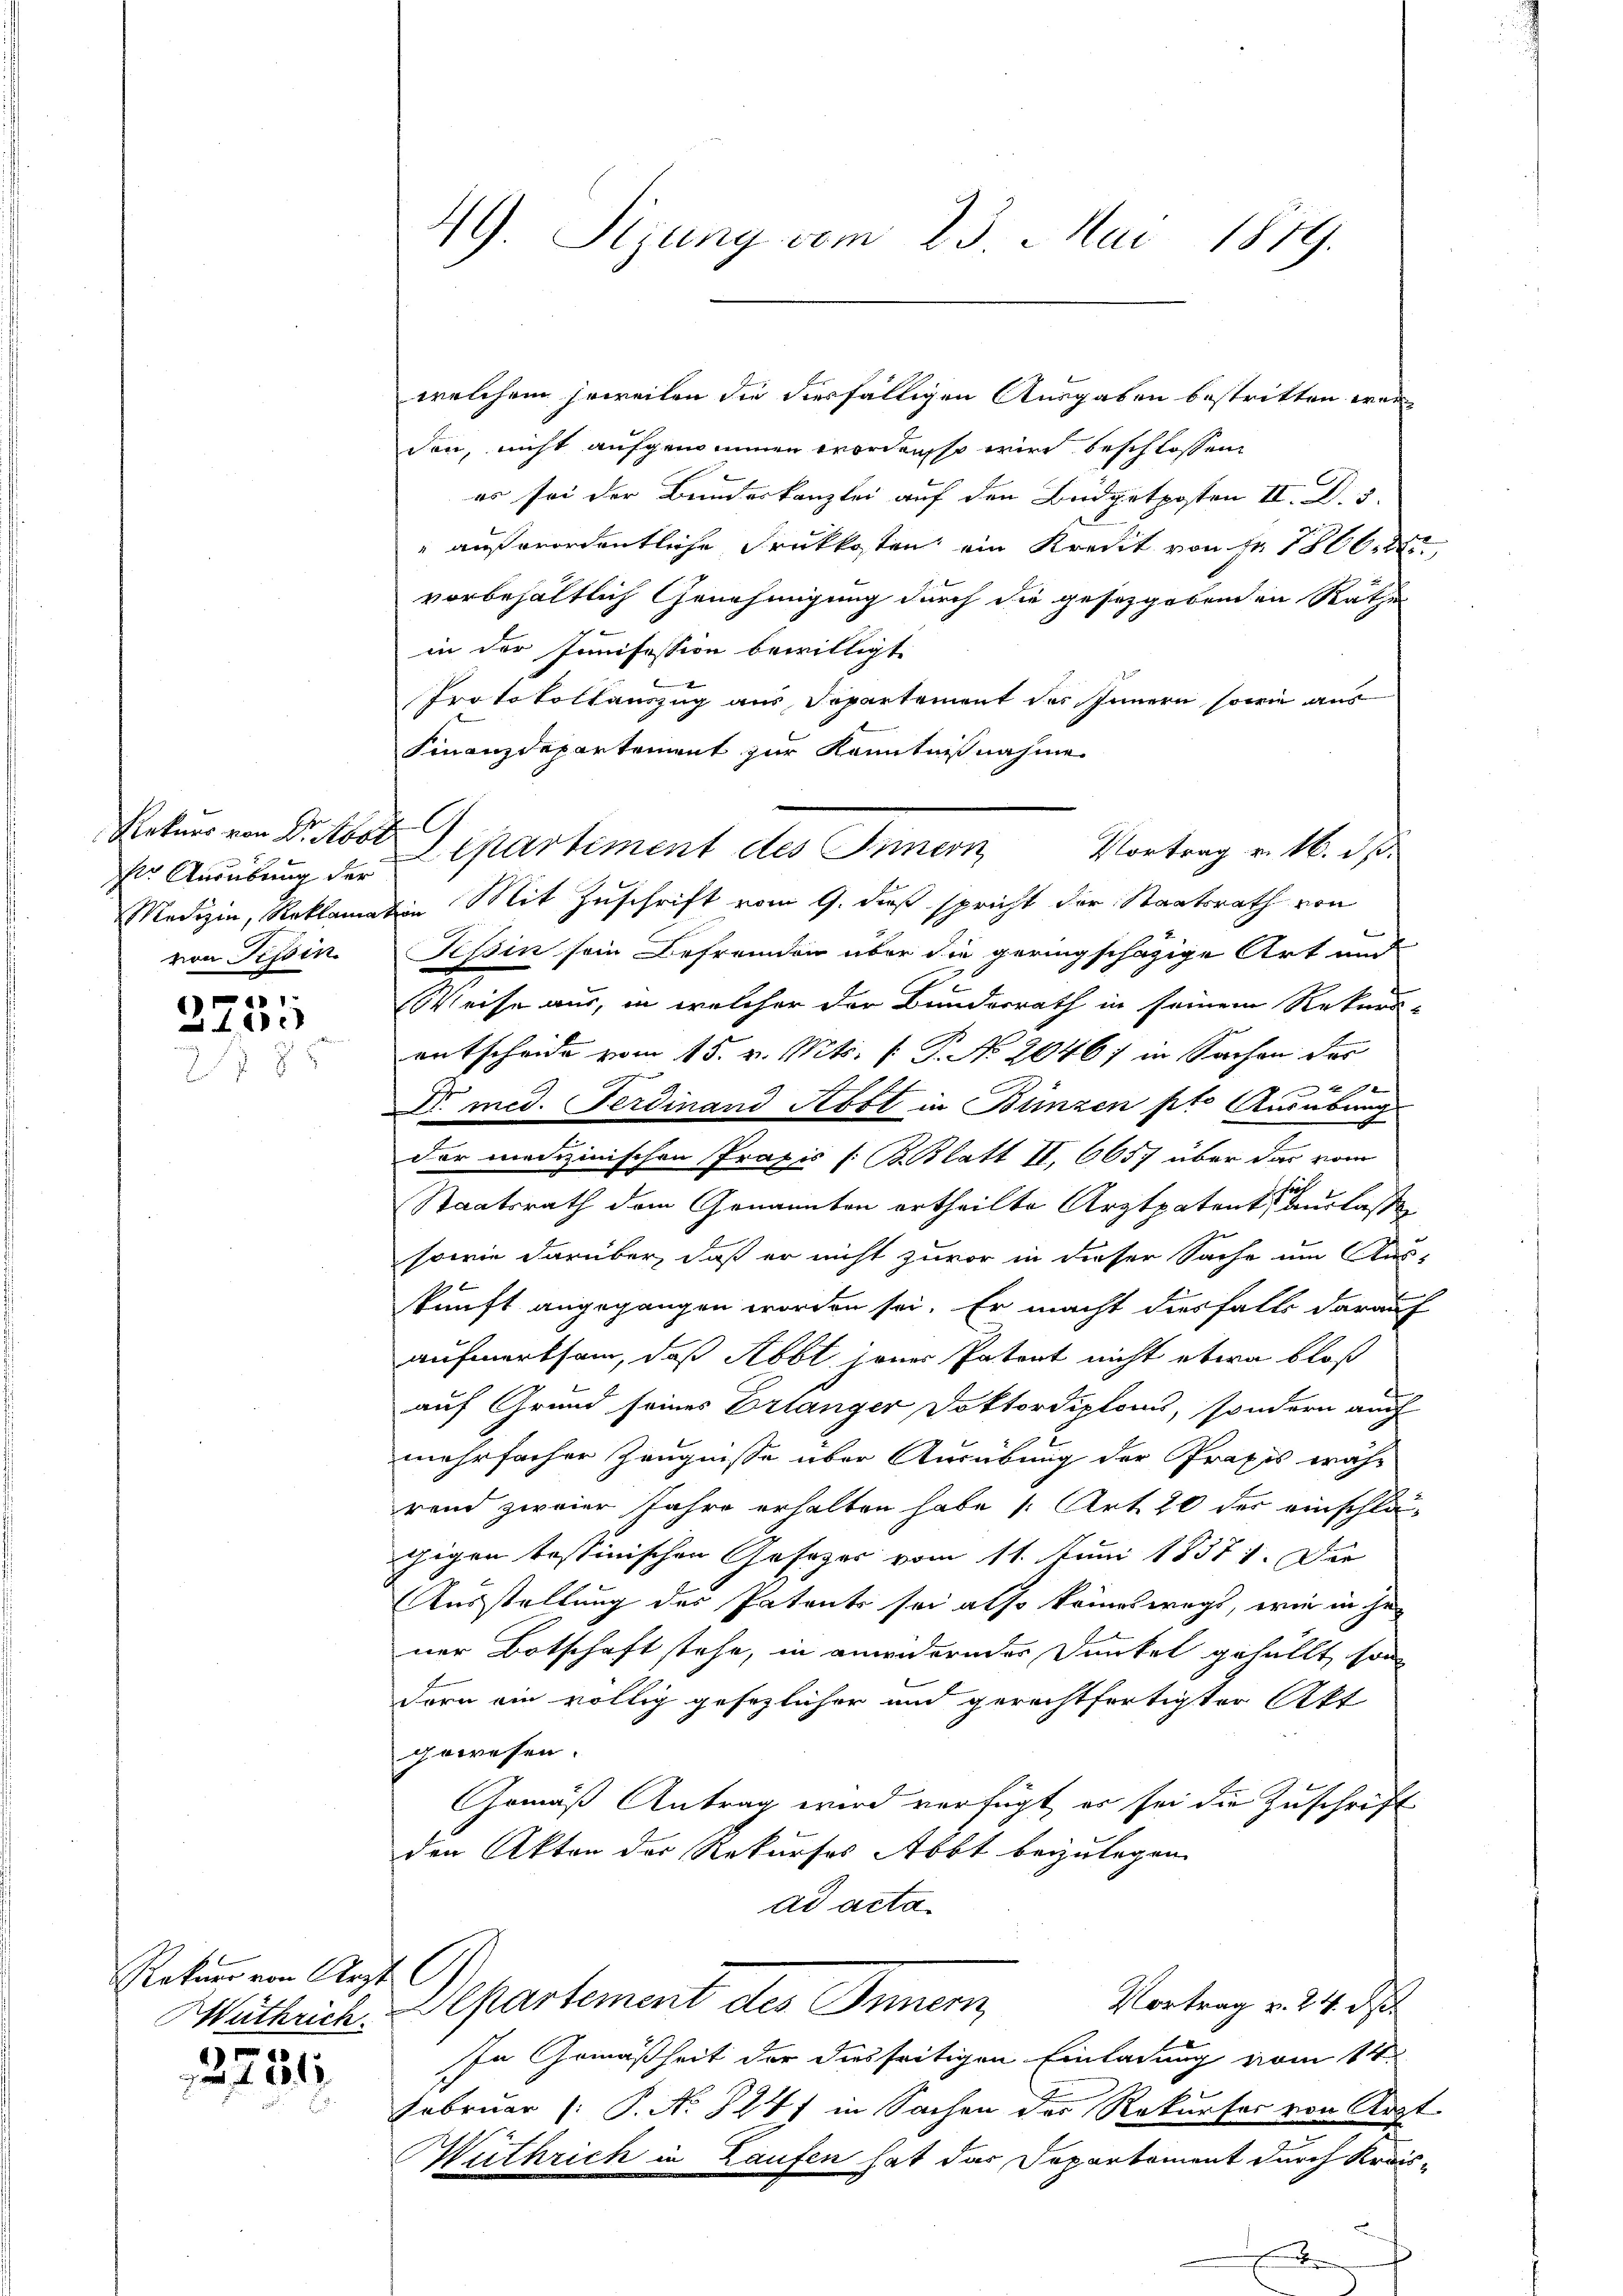
ser Ausübung der
von Tessin.

a 1
)
0x

welchem jeweilen die diesfälligen Ausgaben bestritten werden, nicht aufgenommen worden so wird beschlossen,
es sei der Bundeskanzlei auf den Büdgetposten II. D. 5.
" außerordentliche Druckkosten ein Kredit von Fr. 1806.
vorbehältlich Genehmigung durch die gesetzgebenden Rathe
be
in der Ionifession bewilligt.
Protokollauszug aus Departement des Innern, sowie aus
Finanzdepartement zur Kenntnißnahme
Rekurs von Dritto partiment des Innern
Vortrag v. 16. ds.
Medizin, Reklamation Mit Zuschrift vom 9. daß spricht der Staatsrath von
Tessin sein Befremden über die geringschägige Art und
Weise aus, in welcher der Bunderrath in seinem Rekurs-
entscheide vom 15. v. Mts. [ P. No 2046/ in Sachen der
E
x
Dr med. Ferdinand Abst in Bünzen pto Ausübung.
der medizinischen Praxis /: B. Blatt II 6657 über das vom
sich
Staatsrath dem Genannten ertheilte Arztpatent auslasse
sowie darüber, daß er nicht zuvor in dieser Sache um Aus-
skunft angegangen worden sei. Er macht diesfalls darauf
aufmerksam, daß Abbt jenes Patent nicht etwa bloß
auf Grund seines Erlanger Doktordiploms, sondern auch
mehrfacher Zeugnisse über Ausübung der Praxis wäh-
rend zweier Jahre erhalten habe 1. Art. 20 der einschläthigen tessinischen Gesezes vom 11. Juni 18571. Die
Ausstellung des Patents sei also keineswegs, wie in ge-
ner Botschaft stehe, in anwiderndes Dunkel gehüllt, son
dern ein völlig gesezlicher und gerechtfertigter Akt
gewesen.
Gemäß Antrag wird verfügt, er sei die Zuschrift
den Akten der Rekurses Abbt beizulegen.
ad acta
Departement der Gemei
Vortrag v. 24. d.
In Gemäßheit der diesseitigen Einladung vom 14ten
Februar (: P. No 1241 in Sachen der Rekurses von Arzt
Muthrich in Laufen hat das Departement durch Kreis¬
E

Retuer von Arzt
Wuthrich

2751

49. Sizung vom 23. Mai 1879.

A